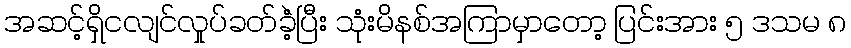
အဆင့်ရှိငလျင်လှုပ်ခတ်ခဲံ့ပြီး သုံးမိနစ်အကြာမှာတော့ ပြင်းအား ၅ ဒသမ ၈